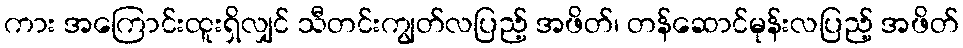
ကား အကြောင်းထူးရှိလျှင် သီတင်းကျွတ်လပြည့် အဖိတ်၊ တန်ဆောင်မုန်းလပြည့် အဖိတ်